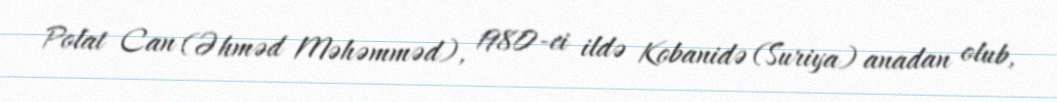
Polat Can (Əhməd Məhəmməd), 1980-ci ildə Kobanidə (Suriya) anadan olub,